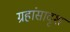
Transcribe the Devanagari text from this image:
ग्रहांसादृश